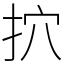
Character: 㧒